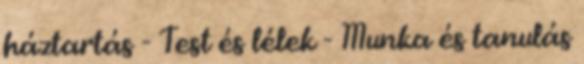
háztartás - Test és lélek - Munka és tanulás